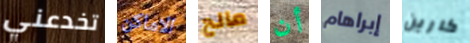
تخدعني الاماكن مالح أن إبراهام كارين